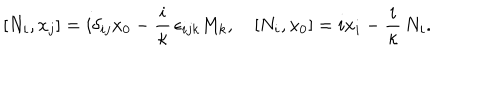
LaTeX: [ N _ { i } , x _ { j } ] = i \delta _ { i j } x _ { 0 } - \frac { i } \kappa \, \epsilon _ { i j k } M _ { k } , \quad [ N _ { i } , x _ { 0 } ] = i x _ { i } - \frac { i } \kappa \, N _ { i } .